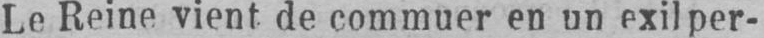
Le Reine vient de commuer en un exil per-